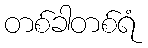
တစ်ခါတစ်ရံ